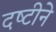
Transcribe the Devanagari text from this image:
दष्‍टीने